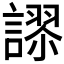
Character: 𮘸